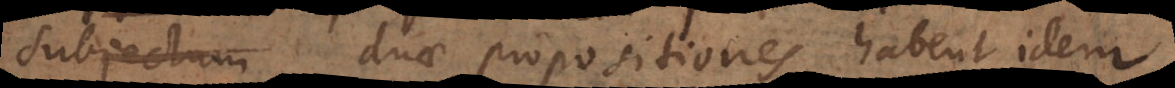
subjectum duae propositiones habent idem